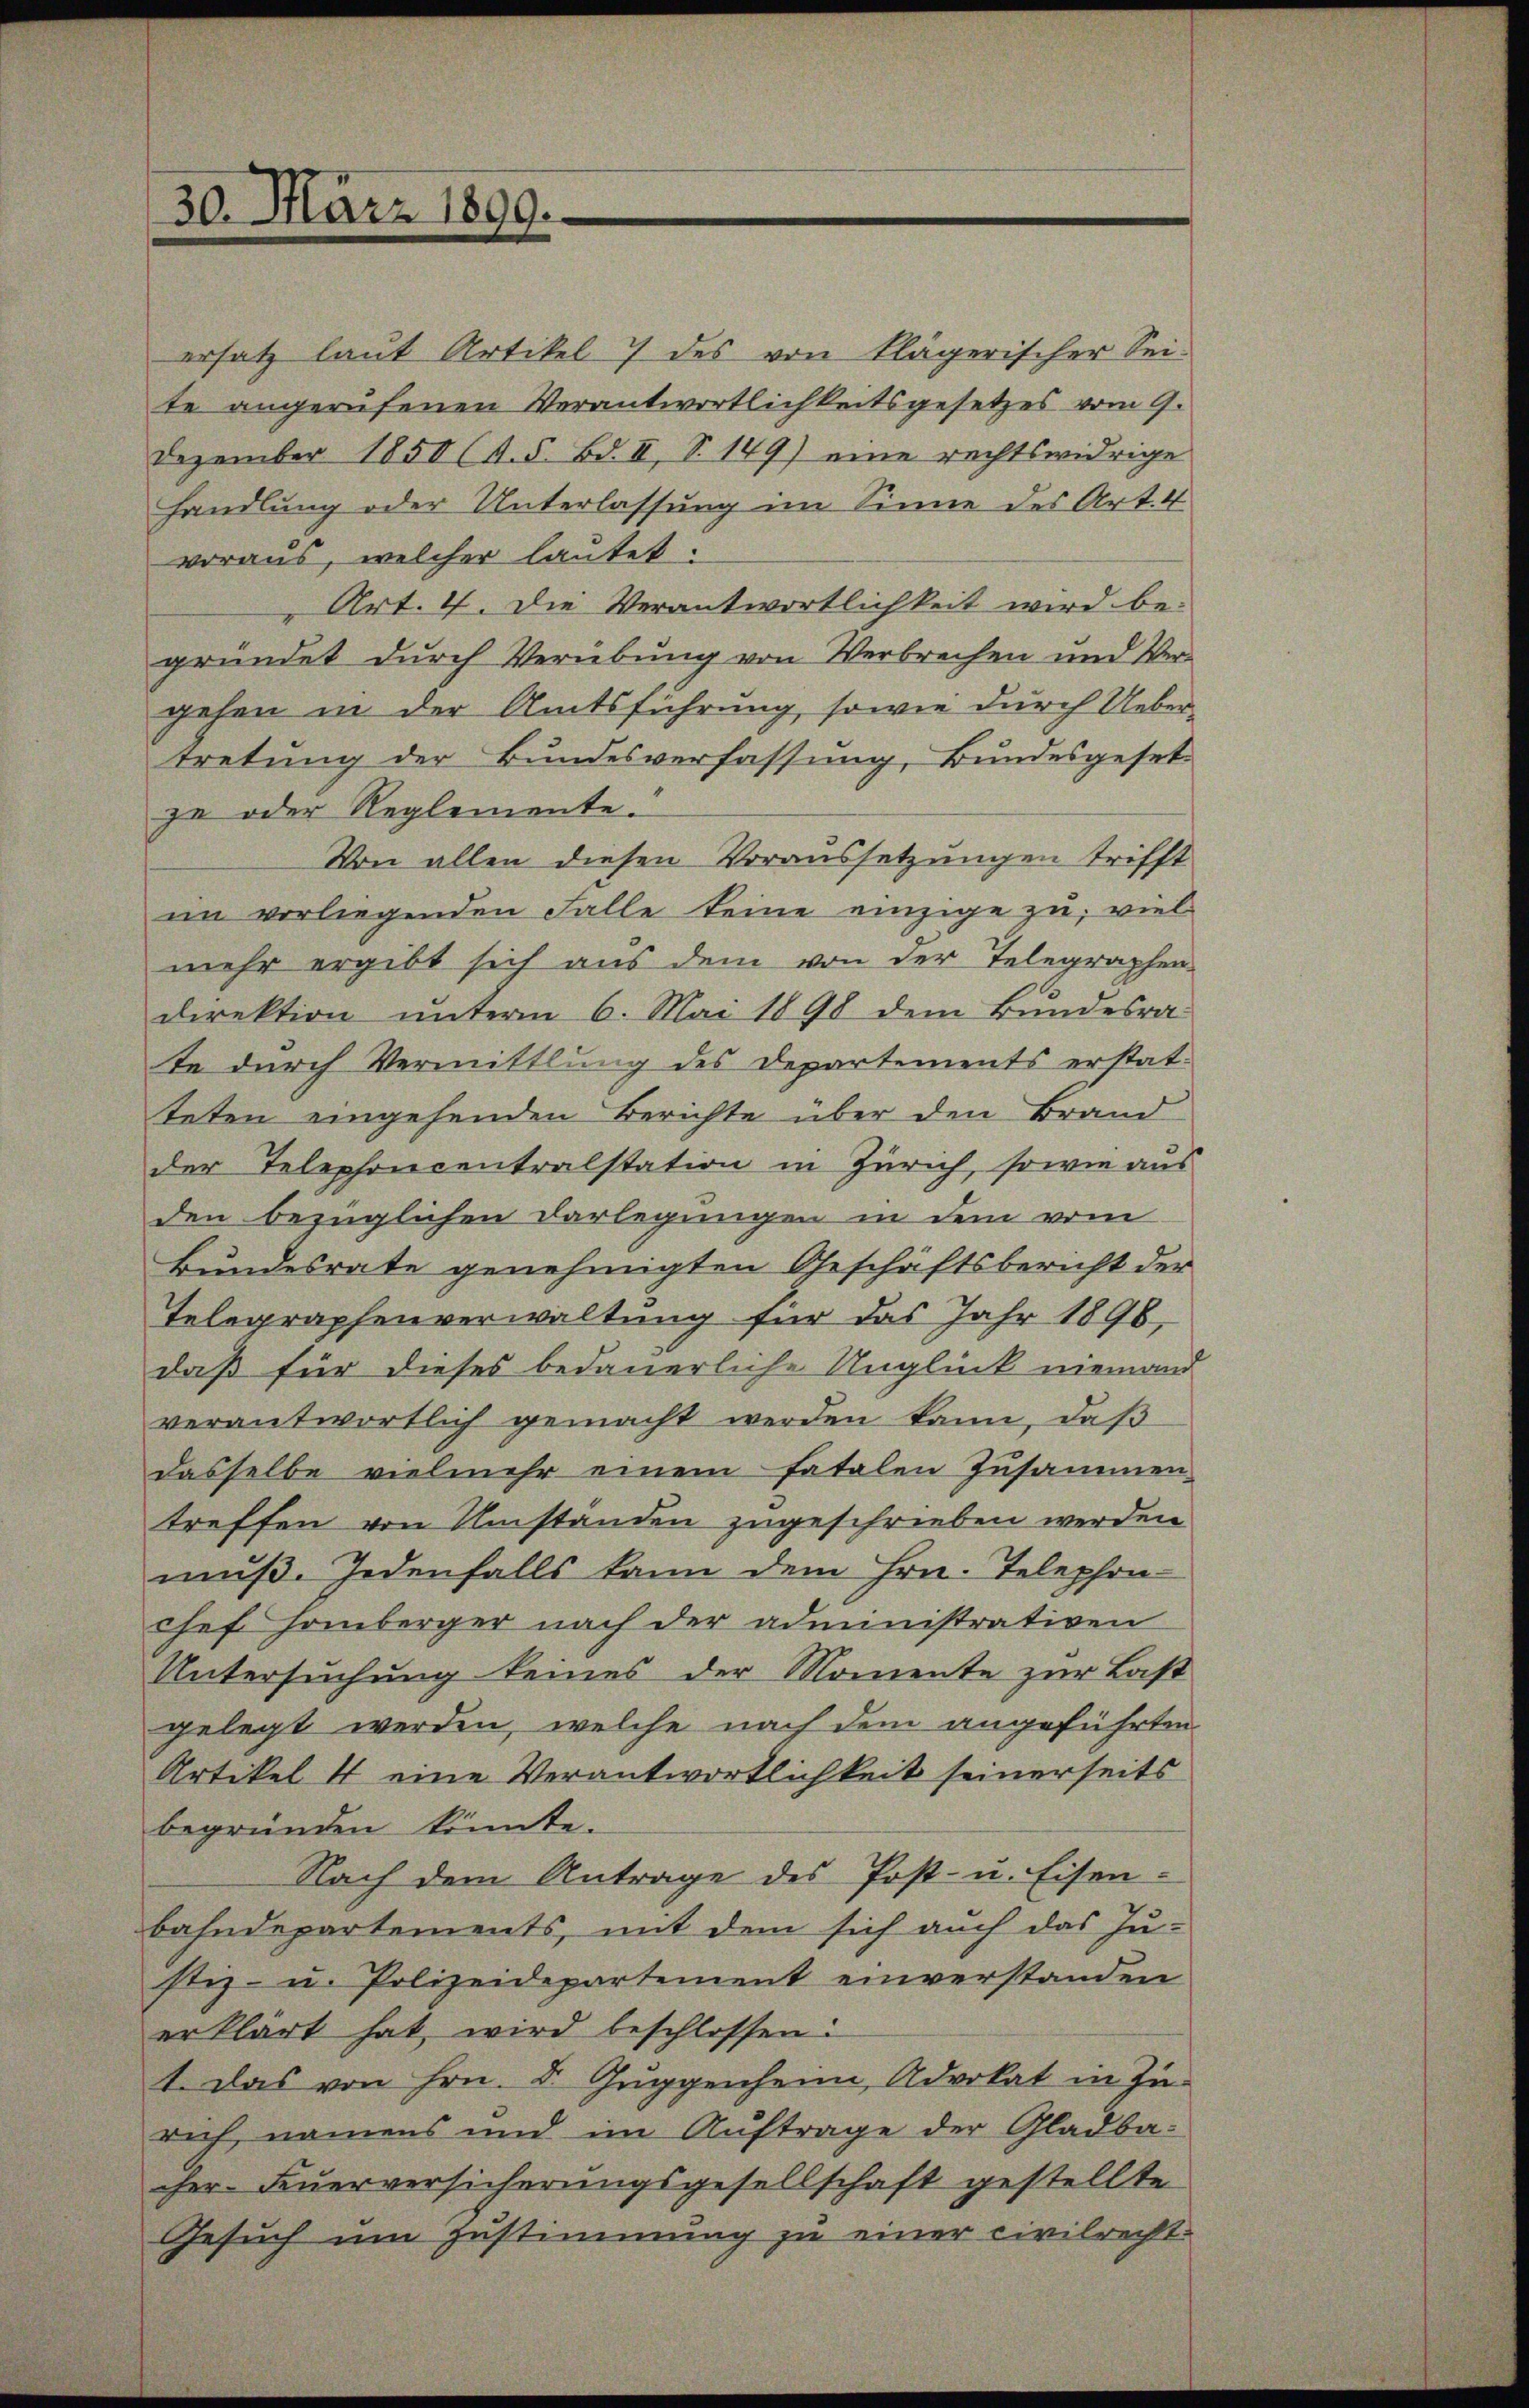
30. März 1899.

ersatz laut Artikel 7 des von Klägerischer Sei-
te angerufenen Verantwortlichkeitsgesetzes vom 9.
Dezember 1850 (4. 5. Bd. II, S. 149) eine rechtswidrige
handlung oder Unterlassung im Sinne des Art. 4
voraus, welcher lautet:
" Art. 4. Die Verantwortlichkeit wird be-
gründet durch Verübung von Verbrechen und Ver-
gehen in der Amtsführung, sowie durch Uebertretung der Bundesverfassung, Bundesgeset
ze oder Reglemente.
Von allen diesen Voraussetzungen trifft
im vorliegenden Falle keine einzige zu, viel
mehr ergibt sich aus dem von der Telegraphen
direktion unterm 6. Mai 1898 dem Bundesra-
te durch Vermittlung des Departements erstatteten eingehenden Berichte über den Brand
der Telephoncentralstation in Zürich, sowie aus
den bezüglichen Darlegungen in dem vom
Bundesrate genehmigten Geschäftsbericht der
Telegraphenverwaltung für das Jahr 1896,
daß für dieses bedauerliche Unglück niemand
verantwortlich gemacht werden kann, daß
dasselbe vielmehr einem fatalen Zusammen-
treffen von Umstanden zugeschrieben werden
muß. Jedenfalls kann dem Hrn. Telephon-
chef Homberger nach der administrativen
Untersuchung keines der Momente zur Last
gelegt werden, welche nach dem angeführten
Artikel 4 eine Verantwortlichkeit seinerseits
begründen könnte.
Nach dem Antrage des Post- u. Eisen-
bahndepartements, mit dem sich auch das Ju-
stiz- u. Polizeidepartement einverstanden
erklärt hat wird beschlossen:
1. Das von Hrn. Dr. Guggenheim, Advokat in Zu-
rich namens und im Auftrage der Gladba-
cher Feuerversicherungsgesellschaft gestellte
Gesuch um Zustimmung zu einer civilrecht.